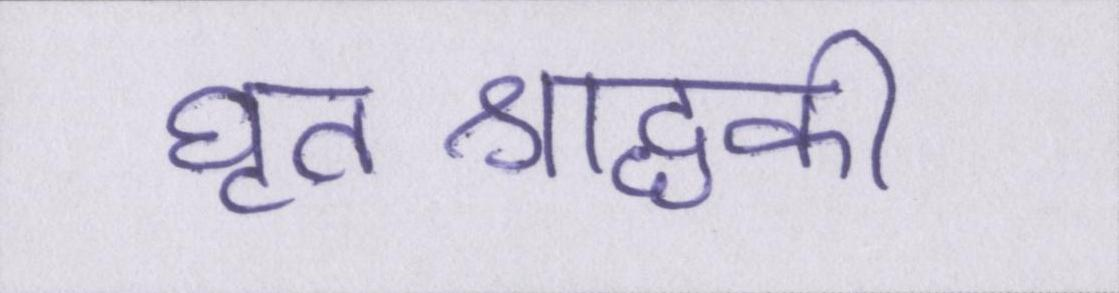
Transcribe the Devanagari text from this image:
घृतश्राद्धकी